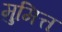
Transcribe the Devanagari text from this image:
मुमित्त